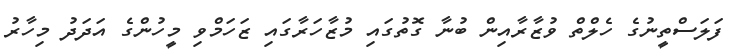
ފަލަސްތީނުގެ ހެލްތް ވުޒާރާއިން ބުނާ ގޮތުގައި މުޒާހަރާގައި ޒަހަމްވި މީހުންގެ އަދަދު މިހާރު